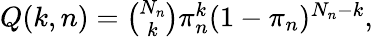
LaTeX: \begin{array}{r}{Q(k,n)=\binom{N_{n}}{k}\pi_{n}^{k}(1-\pi_{n})^{N_{n}-k},}\end{array}